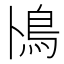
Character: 鳪